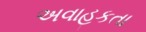
અવાહકતા